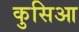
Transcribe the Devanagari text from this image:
कुसिआ